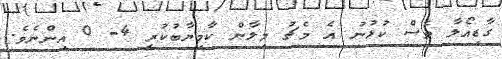
ގާޑިއޯލާ ވެސް ކުޅުނު އެ މެޗު މިލާން ކާމިޔާބުކުރީ 4- 0 އިންނެވެ.